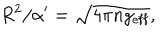
LaTeX: R ^ { 2 } / \alpha ^ { \prime } = \sqrt { 4 \pi n g _ { \mathrm { e f f } } } ,